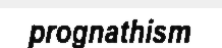
prognathism